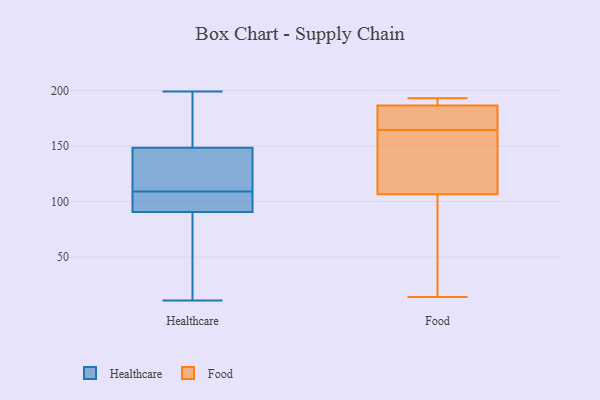
{"axis": {"x": "Conversion Rate (%)", "y": "Value"}, "legend": ["Food", "Healthcare"], "data": [{"x": "", "y": 100, "type": "Healthcare"}, {"x": "", "y": 198, "type": "Healthcare"}, {"x": "", "y": 199, "type": "Healthcare"}, {"x": "", "y": 23, "type": "Healthcare"}, {"x": "", "y": 118, "type": "Healthcare"}, {"x": "", "y": 154, "type": "Healthcare"}, {"x": "", "y": 11, "type": "Healthcare"}, {"x": "", "y": 98, "type": "Healthcare"}, {"x": "", "y": 143, "type": "Healthcare"}, {"x": "", "y": 94, "type": "Healthcare"}, {"x": "", "y": 87, "type": "Healthcare"}, {"x": "", "y": 124, "type": "Healthcare"}, {"x": "", "y": 169, "type": "Food"}, {"x": "", "y": 160, "type": "Food"}, {"x": "", "y": 191, "type": "Food"}, {"x": "", "y": 189, "type": "Food"}, {"x": "", "y": 14, "type": "Food"}, {"x": "", "y": 134, "type": "Food"}, {"x": "", "y": 193, "type": "Food"}, {"x": "", "y": 114, "type": "Food"}, {"x": "", "y": 184, "type": "Food"}, {"x": "", "y": 99, "type": "Food"}, {"x": "", "y": 170, "type": "Food"}, {"x": "", "y": 82, "type": "Food"}]}